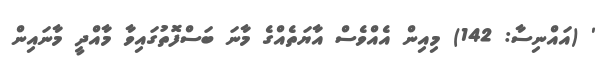
' (އައްނިސާ: 142) މިއިން އެއްވެސް އާޔަތެއްގެ މާނަ ބަސްފޮތުގައިވާ މާއްދީ މާނައިން